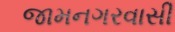
જામનગરવાસી